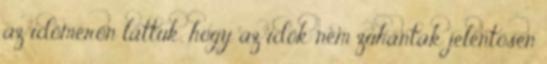
az időmérőn láttuk, hogy az idők nem zuhantak jelentősen